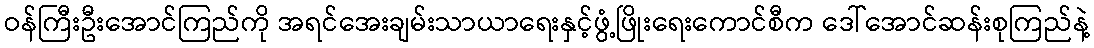
ဝန်ကြီးဦးအောင်ကြည်ကို အရင်အေးချမ်းသာယာရေးနှင့်ဖွံ့ဖြိုးရေးကောင်စီက ဒေါ်အောင်ဆန်းစုကြည်နဲ့